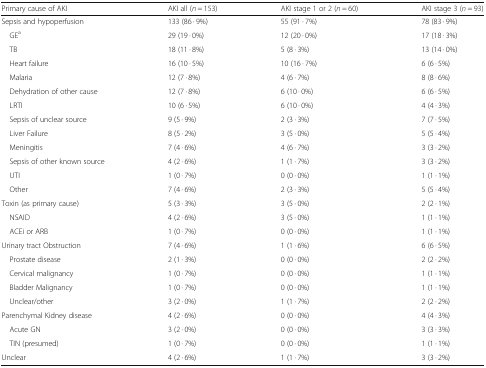
<table><thead><tr><td><b>Primary cause of AKI</b></td><td><b>AKI all (<i>n</i> = 153)</b></td><td><b>AKI stage 1 or 2 (<i>n</i> = 60)</b></td><td><b>AKI stage 3 (<i>n</i> = 93)</b></td></tr></thead><tbody><tr><td>Sepsis and hypoperfusion</td><td>133 (86 · 9%)</td><td>55 (91 · 7%)</td><td>78 (83 · 9%)</td></tr><tr><td> GE<sup>a</sup></td><td>29 (19 · 0%)</td><td>12 (20 · 0%)</td><td>17 (18 · 3%)</td></tr><tr><td> TB</td><td>18 (11 · 8%)</td><td>5 (8 · 3%)</td><td>13 (14 · 0%)</td></tr><tr><td> Heart failure</td><td>16 (10 · 5%)</td><td>10 (16 · 7%)</td><td>6 (6 · 5%)</td></tr><tr><td> Malaria</td><td>12 (7 · 8%)</td><td>4 (6 · 7%)</td><td>8 (8 · 6%)</td></tr><tr><td> Dehydration of other cause</td><td>12 (7 · 8%)</td><td>6 (10 · 0%)</td><td>6 (6 · 5%)</td></tr><tr><td> LRTI</td><td>10 (6 · 5%)</td><td>6 (10 · 0%)</td><td>4 (4 · 3%)</td></tr><tr><td> Sepsis of unclear source</td><td>9 (5 · 9%)</td><td>2 (3 · 3%)</td><td>7 (7 · 5%)</td></tr><tr><td> Liver Failure</td><td>8 (5 · 2%)</td><td>3 (5 · 0%)</td><td>5 (5 · 4%)</td></tr><tr><td> Meningitis</td><td>7 (4 · 6%)</td><td>4 (6 · 7%)</td><td>3 (3 · 2%)</td></tr><tr><td> Sepsis of other known source</td><td>4 (2 · 6%)</td><td>1 (1 · 7%)</td><td>3 (3 · 2%)</td></tr><tr><td> UTI</td><td>1 (0 · 7%)</td><td>0 (0 · 0%)</td><td>1 (1 · 1%)</td></tr><tr><td> Other</td><td>7 (4 · 6%)</td><td>2 (3 · 3%)</td><td>5 (5 · 4%)</td></tr><tr><td>Toxin (as primary cause)</td><td>5 (3 · 3%)</td><td>3 (5 · 0%)</td><td>2 (2 · 1%)</td></tr><tr><td> NSAID</td><td>4 (2 · 6%)</td><td>3 (5 · 0%)</td><td>1 (1 · 1%)</td></tr><tr><td> ACEi or ARB</td><td>1 (0 · 7%)</td><td>0 (0 · 0%)</td><td>1 (1 · 1%)</td></tr><tr><td>Urinary tract Obstruction</td><td>7 (4 · 6%)</td><td>1 (1 · 6%)</td><td>6 (6 · 5%)</td></tr><tr><td> Prostate disease</td><td>2 (1 · 3%)</td><td>0 (0 · 0%)</td><td>2 (2 · 2%)</td></tr><tr><td> Cervical malignancy</td><td>1 (0 · 7%)</td><td>0 (0 · 0%)</td><td>1 (1 · 1%)</td></tr><tr><td> Bladder Malignancy</td><td>1 (0 · 7%)</td><td>0 (0 · 0%)</td><td>1 (1 · 1%)</td></tr><tr><td> Unclear/other</td><td>3 (2 · 0%)</td><td>1 (1 · 7%)</td><td>2 (2 · 2%)</td></tr><tr><td>Parenchymal Kidney disease</td><td>4 (2 · 6%)</td><td>0 (0 · 0%)</td><td>4 (4 · 3%)</td></tr><tr><td> Acute GN</td><td>3 (2 · 0%)</td><td>0 (0 · 0%)</td><td>3 (3 · 3%)</td></tr><tr><td> TIN (presumed)</td><td>1 (0 · 7%)</td><td>0 (0 · 0%)</td><td>1 (1 · 1%)</td></tr><tr><td>Unclear</td><td>4 (2 · 6%)</td><td>1 (1 · 7%)</td><td>3 (3 · 2%)</td></tr></tbody></table>